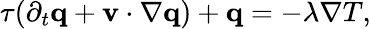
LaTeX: \begin{array}{r}{\tau(\partial_{t}\mathbf q+\mathbf v\cdot\nabla\mathbf q)+\mathbf q=-\lambda\nabla T,}\end{array}